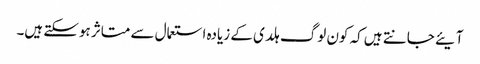
آیئے جانتے ہیں کہ کون لوگ ہلدی کے زیادہ استعمال سے متاثر ہوسکتے ہیں۔